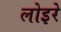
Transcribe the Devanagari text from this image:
लोइरे